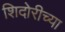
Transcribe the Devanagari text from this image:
शिदोरीच्या